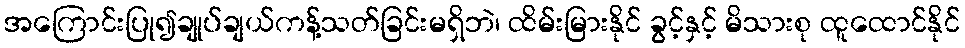
အကြောင်းပြု၍ချုပ်ချယ်ကန့်သတ်ခြင်းမရှိဘဲ၊ ထိမ်းမြားနိုင် ခွင့်နှင့် မိသားစု ထူထောင်နိုင်